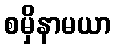
စမှိနာမယာ